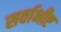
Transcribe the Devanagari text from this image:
सर्वाभीष्ट